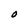
Character: O